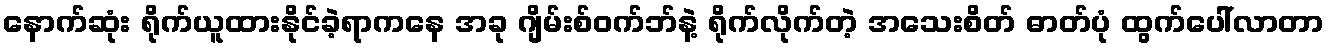
နောက်ဆုံး ရိုက်ယူထားနိုင်ခဲ့ရာကနေ အခု ဂျိမ်းစ်ဝက်ဘ်နဲ့ ရိုက်လိုက်တဲ့ အသေးစိတ် ဓာတ်ပုံ ထွက်ပေါ်လာတာ